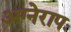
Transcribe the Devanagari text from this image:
अग्नेरापः